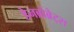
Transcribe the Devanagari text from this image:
डेनब्रोब्रेट्स